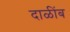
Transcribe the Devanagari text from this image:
दाळींब